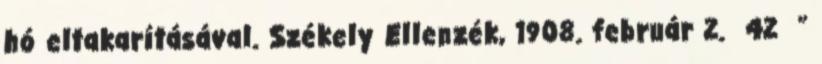
hó eltakarításával. Székely Ellenzék, 1908. február 2. 42 ”